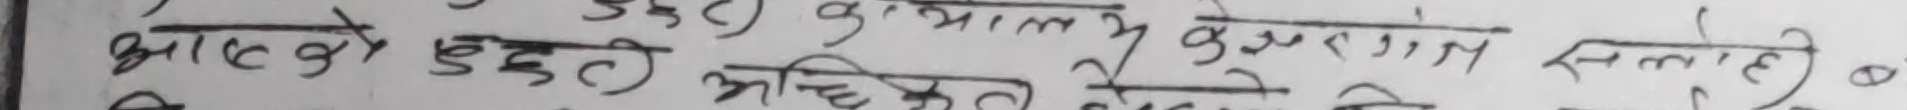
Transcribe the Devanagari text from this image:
आएको छुट्टी अधिकृत केशरगंज स्लेटो।